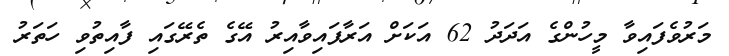
މަރުވެފައިވާ މީހުންގެ އަދަދު 62 އަކަށް އަރާފައިވާއިރު އޭގެ ތެރޭގައި ފާއިތުވި ހަތަރު